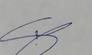
Signature authenticity: genuine